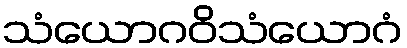
သံယောဂဝိသံယောဂံ